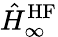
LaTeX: \hat{H}_{\infty}^{\mathrm{HF}}